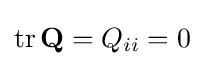
\mathrm {tr} \,\mathbf {Q} =Q_{ii}=0